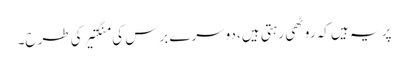
پر یہ ہیں کہ روٹھی رہتی ہیں، دوسرے برس کی منگتیر کی طرح۔